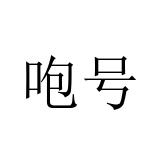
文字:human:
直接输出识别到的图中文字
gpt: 咆号